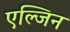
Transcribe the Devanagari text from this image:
एल्जिन